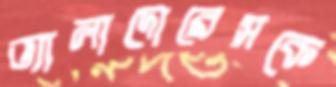
ভ্যালাদোরেসকে